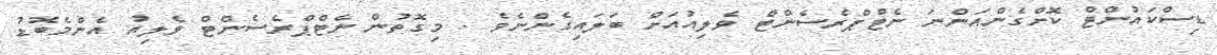
ޑިސްކައުންޓް ކޮށްގެންއަންނަ ނެޓްޕްރެސެންޓް ވެލިއުއަށް ބަލައިގެންނެވެ . މިގޮތުން ނެޓްޕްރެސެންޓް ވެލިއު އެންމެބޮޑު